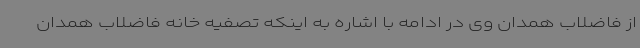
از فاضلاب همدان وی در ادامه با اشاره به اینکه تصفیه خانه فاضلاب همدان